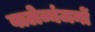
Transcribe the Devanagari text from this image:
वालेव्यंजनों